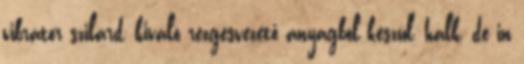
vibrátor szilárd, kiváló rezgésvezető anyagból készül, halk, de in